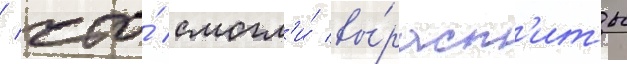
/ что́ смогл'и́ вы́раст'ить